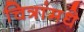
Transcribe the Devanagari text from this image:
चित्रांमधे